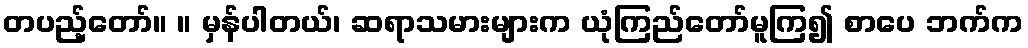
တပည့်တော်။ ။ မှန်ပါတယ်၊ ဆရာသမားများက ယုံကြည်တော်မူကြ၍ စာပေ ဘက်က